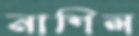
নাশিল